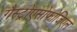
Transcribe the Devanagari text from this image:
गैस्ट्रोएसोफोजिएल